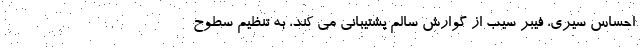
احساس سیری، فیبر سیب از گوارش سالم پشتیبانی می کند، به تنظیم سطوح